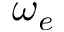
\omega _ { e }